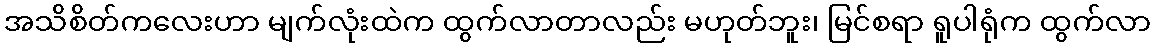
အသိစိတ်ကလေးဟာ မျက်လုံးထဲက ထွက်လာတာလည်း မဟုတ်ဘူး၊ မြင်စရာ ရူပါရုံက ထွက်လာ